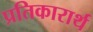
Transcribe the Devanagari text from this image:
प्रतिकारार्थ